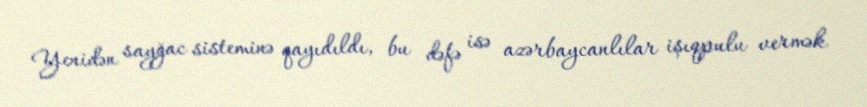
Yenidən sayğac sisteminə qayıdıldı, bu dəfə isə azərbaycanlılar işıqpulu vermək